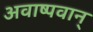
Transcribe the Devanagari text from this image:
अवाष्पवान्‌